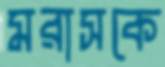
মরাসকে